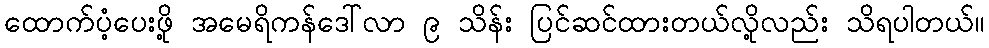
ထောက်ပံ့ပေးဖို့ အမေရိကန်ဒေါ်လာ ၉ သိန်း ပြင်ဆင်ထားတယ်လို့လည်း သိရပါတယ်။